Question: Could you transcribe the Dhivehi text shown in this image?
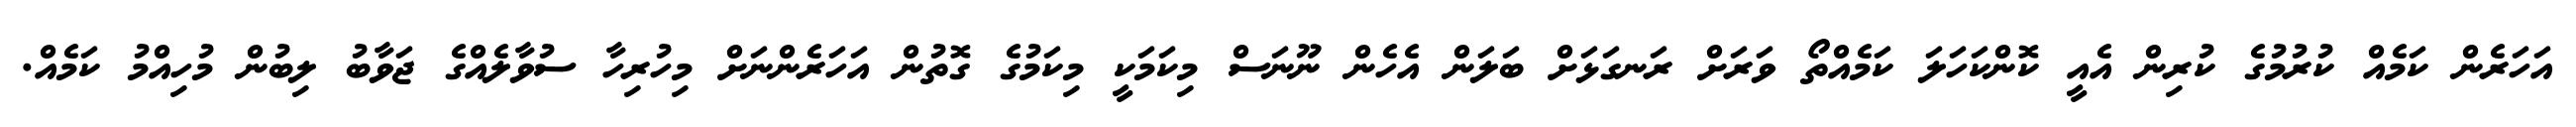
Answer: އަހަރެން ކަމެއް ކުރުމުގެ ކުރިން އެއީ ކޮންކަހަލަ ކަމެއްތޯ ވަރަށް ރަނގަޅަށް ބަލަން އެހެން ނޫނަސް މިކަމަކީ މިކަމުގެ ގޮތުން އަހަރެންނަށް މިހުރިހާ ސުވާލެއްގެ ޖަވާބު ލިބުން މުހިއްމު ކަމެއް.